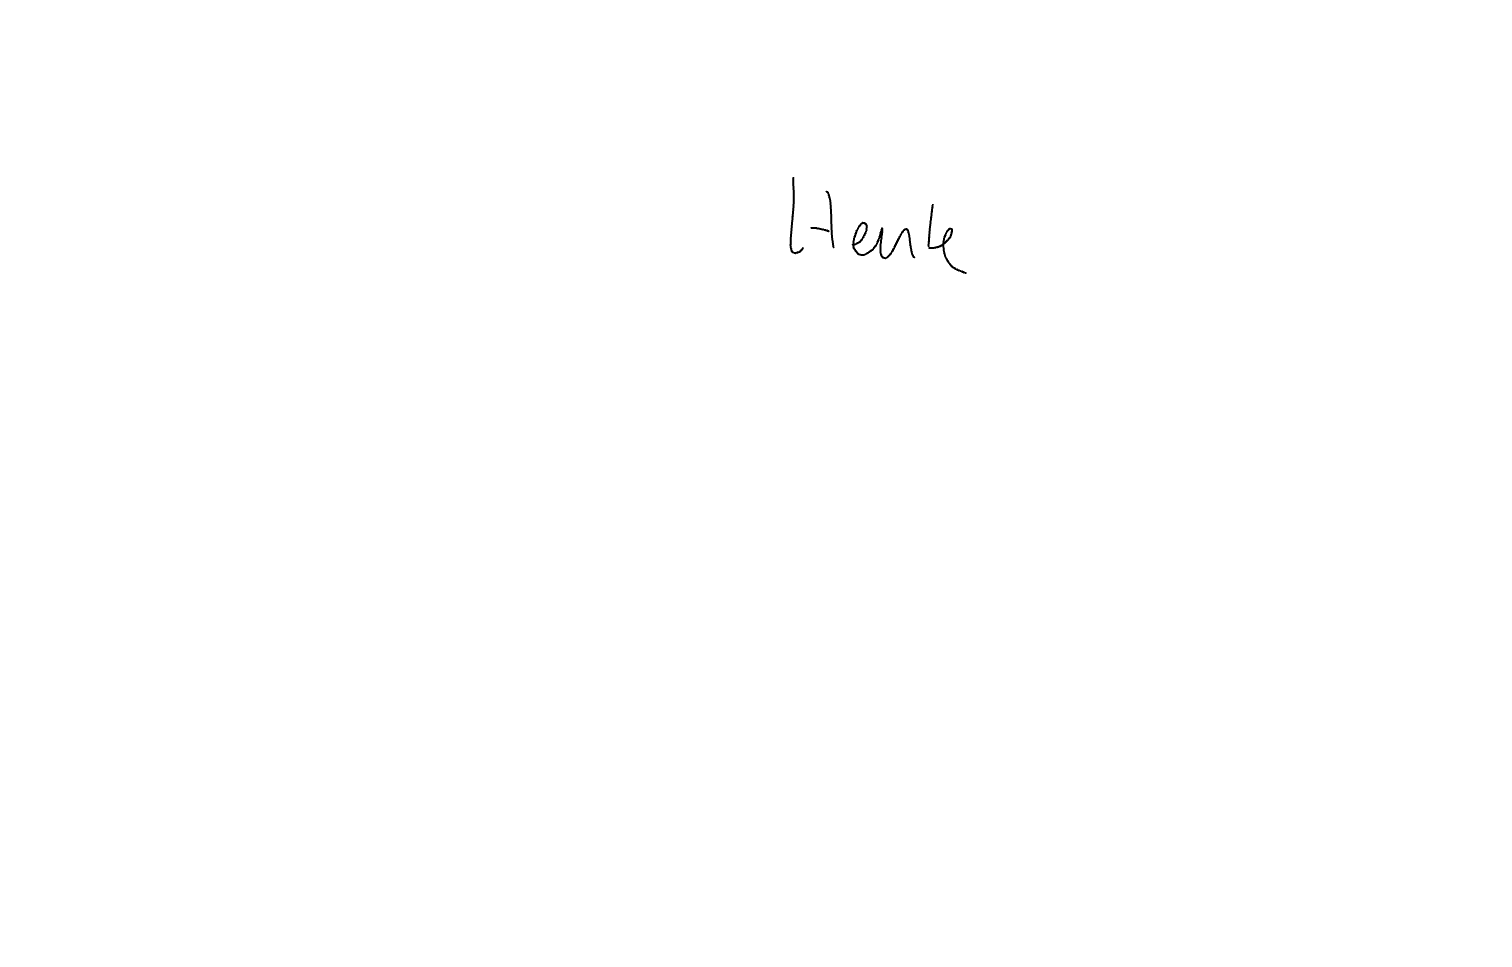
Text: Heute